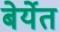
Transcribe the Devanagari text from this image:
बेर्येत